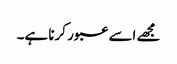
مجھے اسے عبور کرنا ہے۔